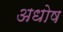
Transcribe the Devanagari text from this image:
अधोष